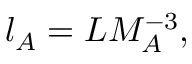
l _ { A } = L M _ { A } ^ { - 3 } ,